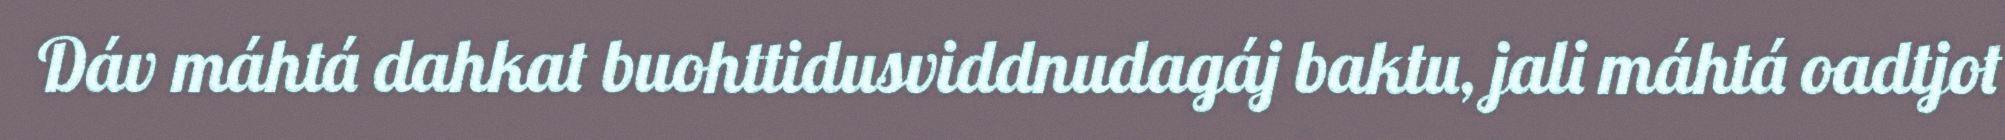
Dáv máhtá dahkat buohttidusviddnudagáj baktu, jali máhtá oadtjot